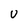
Character: v